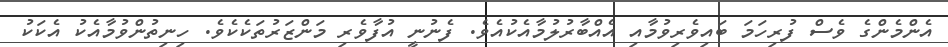
އެންމެންގެ ވެސް ފުރިހަމަ ބައިވެރިވުމާއި އެއްބާރުލުމާއެކުއެވެ. ފެނުނީ އުފާވެރި މަންޒަރުތަކެކެވެ. ހިނިތުންވުމާއެކު އެކަކު